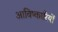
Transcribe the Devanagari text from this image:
आविष्कारियों